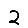
Digit: 2